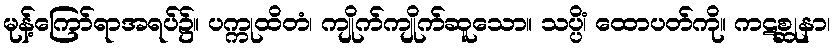
မုန့်ကြော်ရာအရပ်၌။ ပက္ကုထိတံ၊ ကျိုက်ကျိုက်ဆူသော။ သပ္ပိံ၊ ထောပတ်ကို။ ကဋစ္ဆုနာ၊